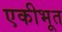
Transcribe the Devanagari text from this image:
एकीभूत